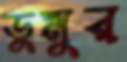
ডুমুর